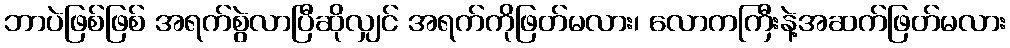
ဘာပဲဖြစ်ဖြစ် အရက်စွဲလာပြီဆိုလျှင် အရက်ကိုဖြတ်မလား၊ လောကကြီးနဲ့အဆက်ဖြတ်မလား